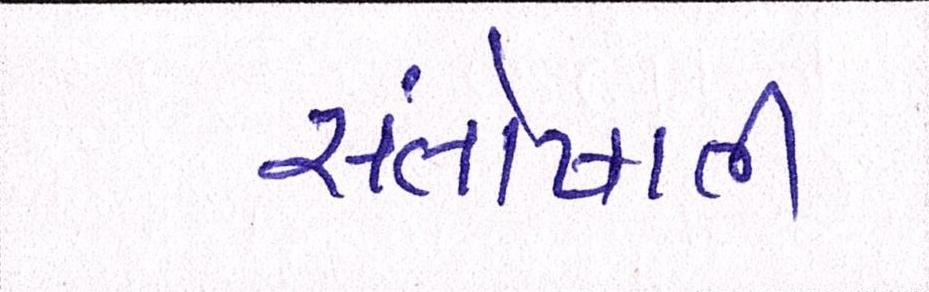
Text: સંતોષાતી